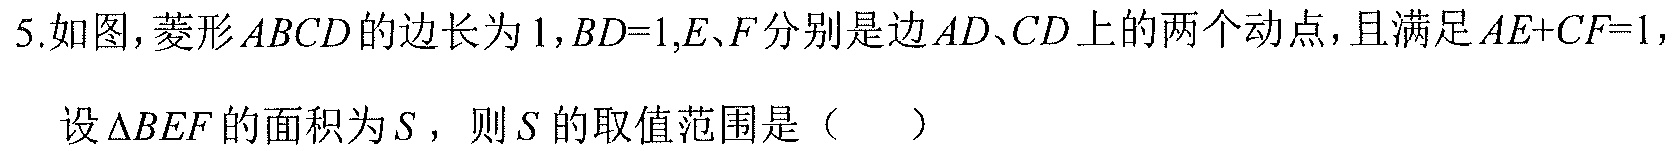
5.如图,菱形\(ABCD\)的边长为\(1\),\(BD = 1\),\(E、F\)分别是边\(AD、CD\)上的两个动点，且满足\(AE + CF = 1\)，
设\(\triangle BEF\)的面积为\(S\)，则\(S\)的取值范围是（  ）